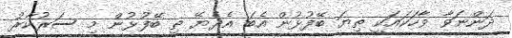
ދަންނަވާ ވާހަކައަކީ ތިޔަ ބޭފުޅުން އެބަ އެދެޔޭ ތި ބޭފުޅުން މި ސަރުކާރު